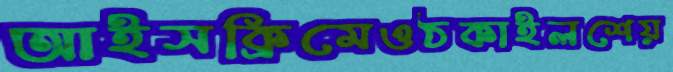
আইসক্রিমেওঠকাইলশেয়